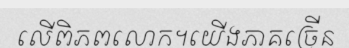
លើពិភពលោក។យើងភាគច្រើន